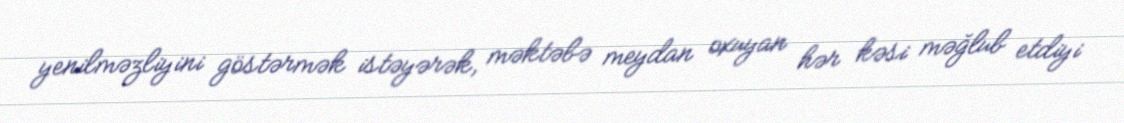
yenilməzliyini göstərmək istəyərək, məktəbə meydan oxuyan hər kəsi məğlub etdiyi